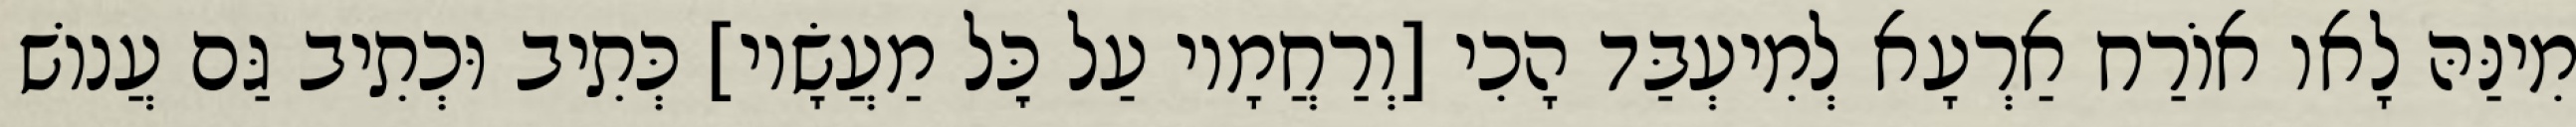
מִינַּהּ לָאו אוֹרַח אַרְעָא לְמִיעְבַּד הָכִי [וְרַחֲמָיו עַל כׇּל מַעֲשָׂיו] כְּתִיב וּכְתִיב גַּם עֲנוֹשׁ